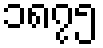
၁၈၇၅